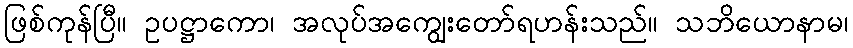
ဖြစ်ကုန်ပြီ။ ဥပဋ္ဌာကော၊ အလုပ်အကျွေးတော်ရဟန်းသည်။ သဘိယောနာမ၊